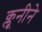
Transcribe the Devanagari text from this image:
क्लूनीने